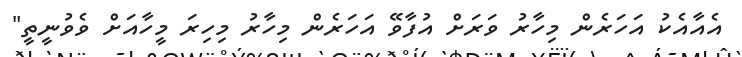
އެއާއެކު އަހަރެން މިހާރު ވަރަށް އުފާވޭ އަހަރެން މިހާރު މިހިރަ މީހާއަށް ވެވުނީތީ"